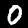
Digit: 0